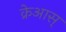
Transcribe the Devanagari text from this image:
क्रेआस्